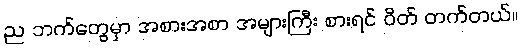
ည ဘက်တွေမှာ အစားအစာ အများကြီး စားရင် ဝိတ် တက်တယ်။